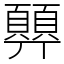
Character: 顨